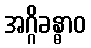
အဂ္ဂိခန္ဓာဝ